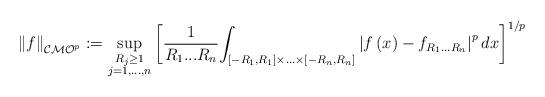
LaTeX: \begin{align*}\left\Vert f\right\Vert _{\mathcal{CMO}^{p}}:=\sup_{\substack{R_{j}\geq1\\j=1,...,n}}\left[ \frac{1}{R_{1}...R_{n}}{\displaystyle\int\nolimits_{\left[ -R_{1},R_{1}\right] \times...\times\left[ -R_{n},R_{n}\right] }}\left\vert f\left( x\right) -f_{R_{1}...R_{n}}\right\vert ^{p}dx\right]^{1/p} \end{align*}